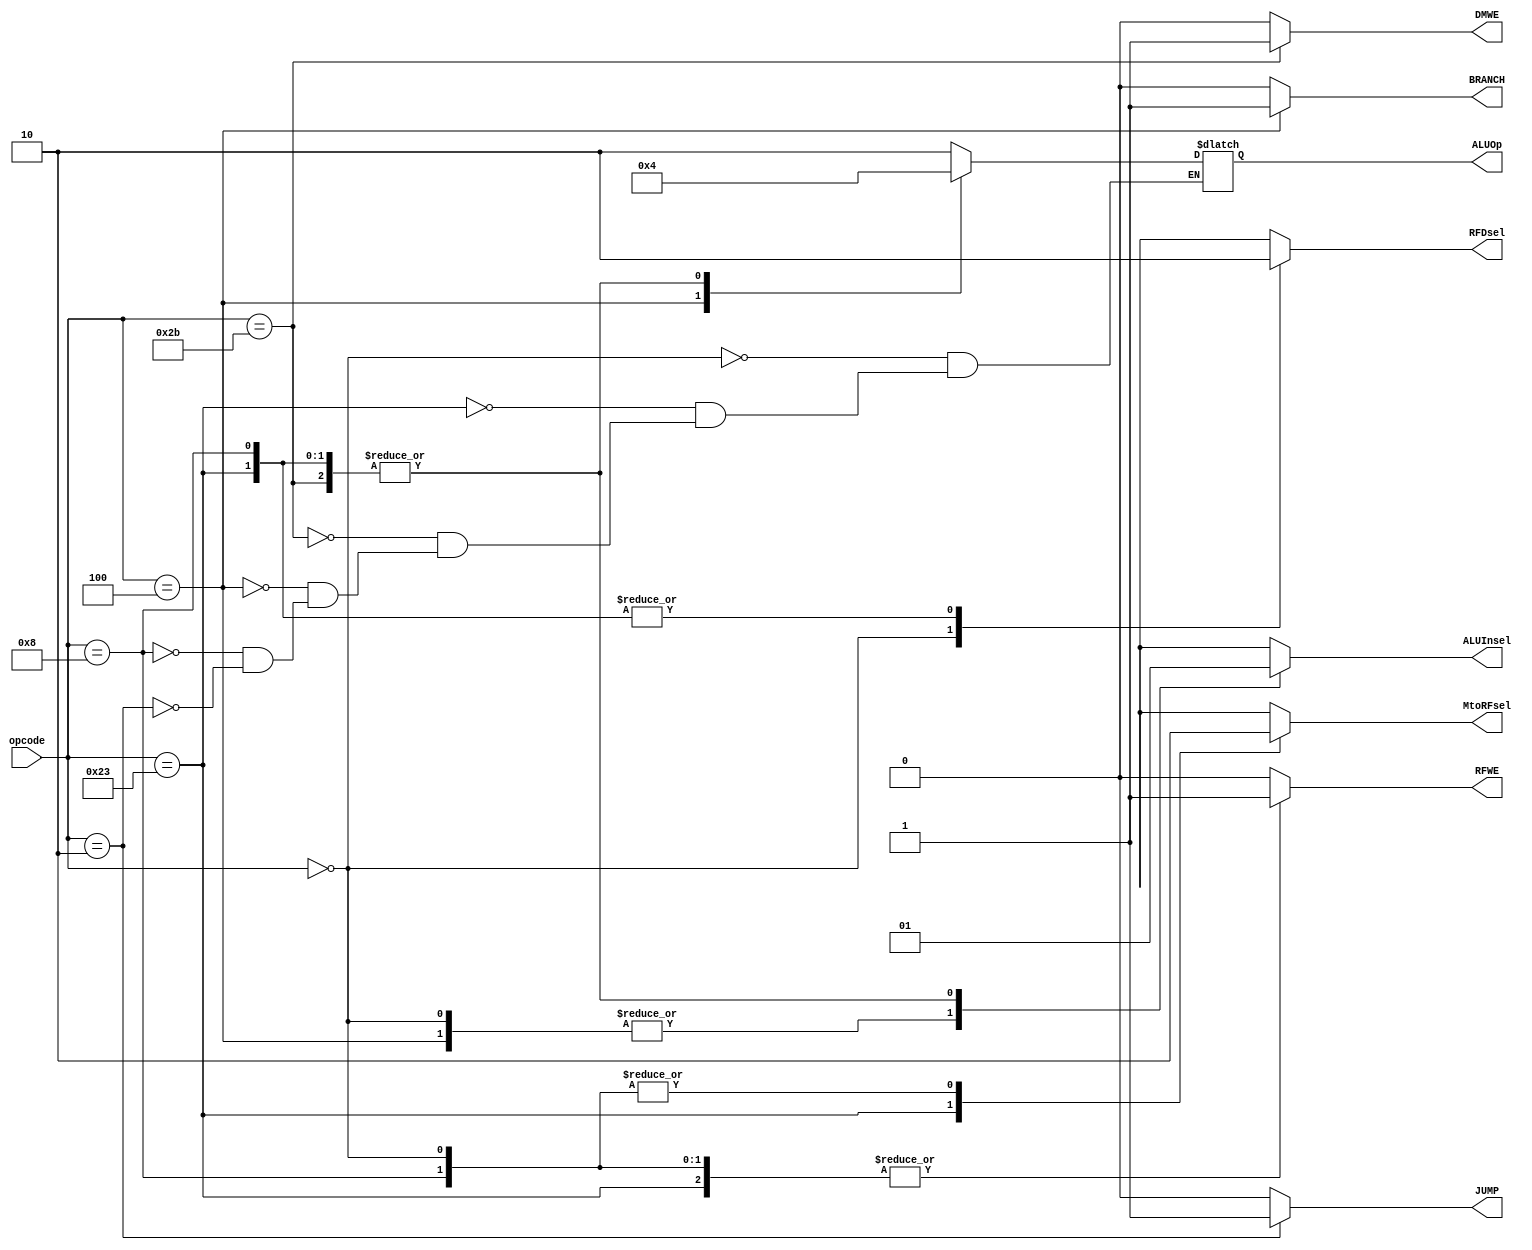
`timescale 1ns / 1ps
//////////////////////////////////////////////////////////////////////////////////
// Company: 
// Engineer: 
// 
// Design Name: 
// Module Name: CTRL_main
// Project Name: 
// Target Devices: 
// Tool Versions: 
// Description: 
// 
// Dependencies: 
// 
// Revision:
// Revision 0.01 - File Created
// Additional Comments:
// 
//////////////////////////////////////////////////////////////////////////////////


//MAIN CONTROL UNIT
module CTRL_main #(parameter code_wid=6, op_wid=2)
(input[code_wid-1:0] opcode,
    output reg RFWE, DMWE, BRANCH, JUMP, MtoRFsel, RFDsel, ALUInsel,
    output reg[op_wid-1:0] ALUOp);
    
    initial BRANCH = 0;
    
    always @(*) begin
        //defaults
        RFWE = 0; DMWE = 0;
        BRANCH = 0; JUMP = 0;
        MtoRFsel = 1'bX; RFDsel = 1'bX; ALUInsel = 1'bX;
    
        case (opcode)
            6'b000000: begin //R-type
                ALUOp = 2'b10;
                RFWE = 1;
                MtoRFsel = 0; RFDsel = 1; ALUInsel = 0;
            end
            6'b100011: begin //lw
                ALUOp = 2'b00;
                RFWE = 1;
                MtoRFsel = 1; RFDsel = 0; ALUInsel = 1;
            end
            6'b101011: begin //sw
                ALUOp = 2'b00;
                DMWE = 1;
                ALUInsel = 1;
            end
            6'b000100: begin //beq
                ALUOp = 2'b01;
                BRANCH = 1;
                ALUInsel = 0;
            end
            6'b001000: begin //addi
                ALUOp = 2'b00;
                RFWE = 1;
                MtoRFsel = 0; RFDsel = 0; ALUInsel = 1;
            end
            6'b000010: begin //j
                ALUOp = 2'bX;
                JUMP = 1;
            end
        endcase
    end
endmodule